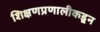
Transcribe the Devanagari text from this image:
शिक्षणप्रणालीकडून